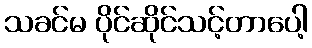
သခင်မ ပိုင်ဆိုင်သင့်တာပေါ့